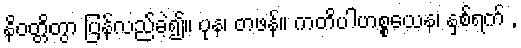
နိဝတ္တိတွာ ပြန်လည်ခဲ့၍။ ပုန၊ တဖန်။ ကတိပါဟစ္စယေန၊ နှစ်ရက် ,